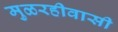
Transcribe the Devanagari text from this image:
मुळरहीवासी